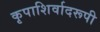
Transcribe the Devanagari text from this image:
कृपाशिर्वादरूपी